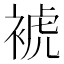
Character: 裭